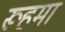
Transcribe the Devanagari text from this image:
रूहमा